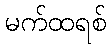
မက်ထရစ်